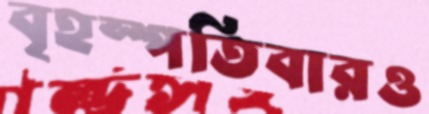
বৃহস্পতিবারও